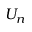
U _ { n }